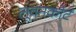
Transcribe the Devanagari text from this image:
लूवनकोर्ट